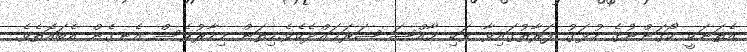
އެތަނަކީ ކޯގަންނުގެ ހުޅަގު ފަރާތުގައިވާ ވަކި ޚާއްޞަ ޞަރަޙައްދެކެވެ.މިތަން މިހާރުވެސް އެނގެން އެބައޮތެވެ.